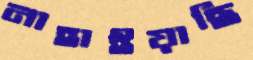
নাহাইয়াছি